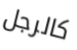
كالرجل